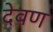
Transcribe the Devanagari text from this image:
देवण